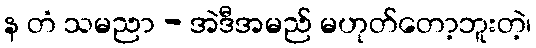
န တံ သမညာ - အဲဒီအမည် မဟုတ်တော့ဘူးတဲ့၊